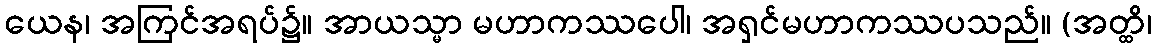
ယေန၊ အကြင်အရပ်၌။ အာယသ္မာ မဟာကဿပေါ၊ အရှင်မဟာကဿပသည်။ (အတ္ထိ၊